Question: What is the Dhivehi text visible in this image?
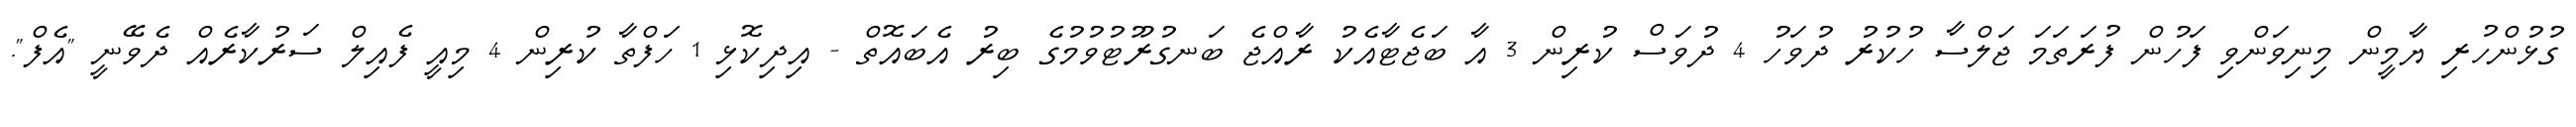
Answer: ގުޅުންހުރި ޔާމީން މިނިވަންވި ފަހުން ފުރަތަމަ ޖަލްސާ ހުކުރު ދުވަހު 4 ދުވަސް ކުރިން 3 އާ ބަޖެޓާއެކު ރާއްޖެ ބަނގުރޫޓުވުމުގެ ބިރު އެބައޮތް - އިދިކޮޅި 1 ހަފްތާ ކުރިން 4 މިއީ ފެއިލް ސަރުކާރެއް ދެވޭނީ "އެފް".